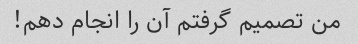
من تصمیم گرفتم آن را انجام دهم!